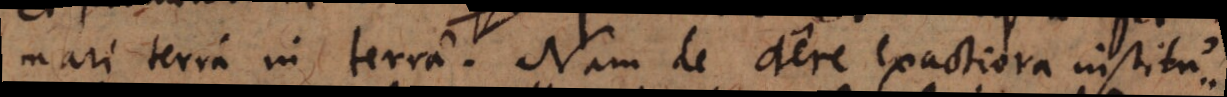
mari terra in terra. Nam de aere exactiora institu-